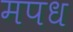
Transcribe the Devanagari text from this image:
मपध